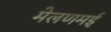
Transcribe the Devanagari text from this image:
मेलणमई